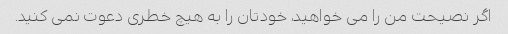
اگر نصیحت من را می خواهید، خودتان را به هیچ خطری دعوت نمی کنید.